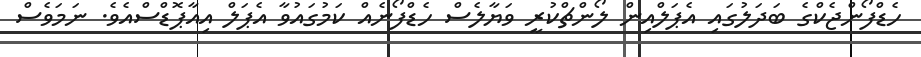
ހެޑްފޯންޖެކްގެ ބަދަލުގައި އެޕަލްއިން ލޯންޗްކުރީ ވަޔާލެސް ހެޑްފޯނެއް ކަމުގައުވާ އެޕަލް އިއާޕޮޑްސްއެވެ. ނަމަވެސް